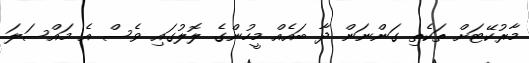
މާރުކޭޓަށް ތަކެތި ގަންނަން ދާ ބައެއް މީހުންގެ ލޮލުގައި ވެސް އެ މައްސަލަ